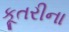
કૂતરીના